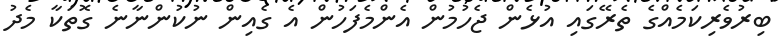
ބިރުވެރިކަމެއްގެ ތެރޭގައި އުޅެން ޖެހުމުން އެންމެފަހުން އެ ގެއިން ނުކުންނާނެ ގޮތަކާ މެދު